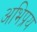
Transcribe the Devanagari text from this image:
अभिप्रय